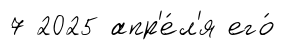
7 2025 апр'е́л'я его́